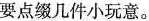
要点缀几件小玩意。